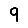
Digit: 9